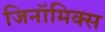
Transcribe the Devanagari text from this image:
जिनॉमिक्स